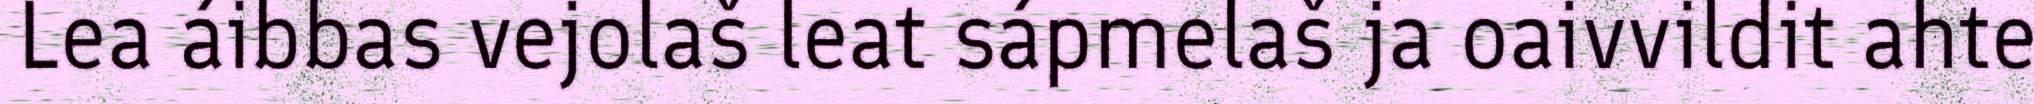
Lea áibbas vejolaš leat sápmelaš ja oaivvildit ahte